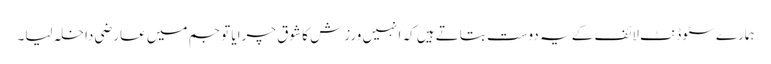
ہمارے سٹوڈنٹ لائف کے یہ دوست بتاتے ہیں کہ انہیں ورزش کا شوق چرایا تو جم میں عارضی داخلہ لیا۔